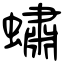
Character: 蟰